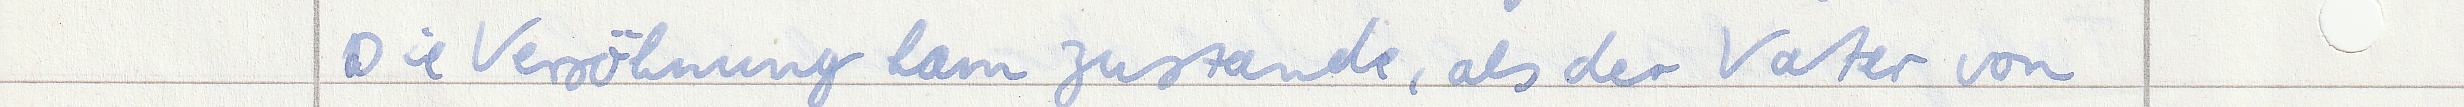
Die Versöhnung kam zustande, als der Vater von